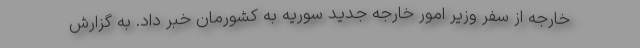
خارجه از سفر وزیر امور خارجه جدید سوریه به کشورمان خبر داد. به گزارش